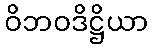
ဝိဘဝဒိဋ္ဌိယာ